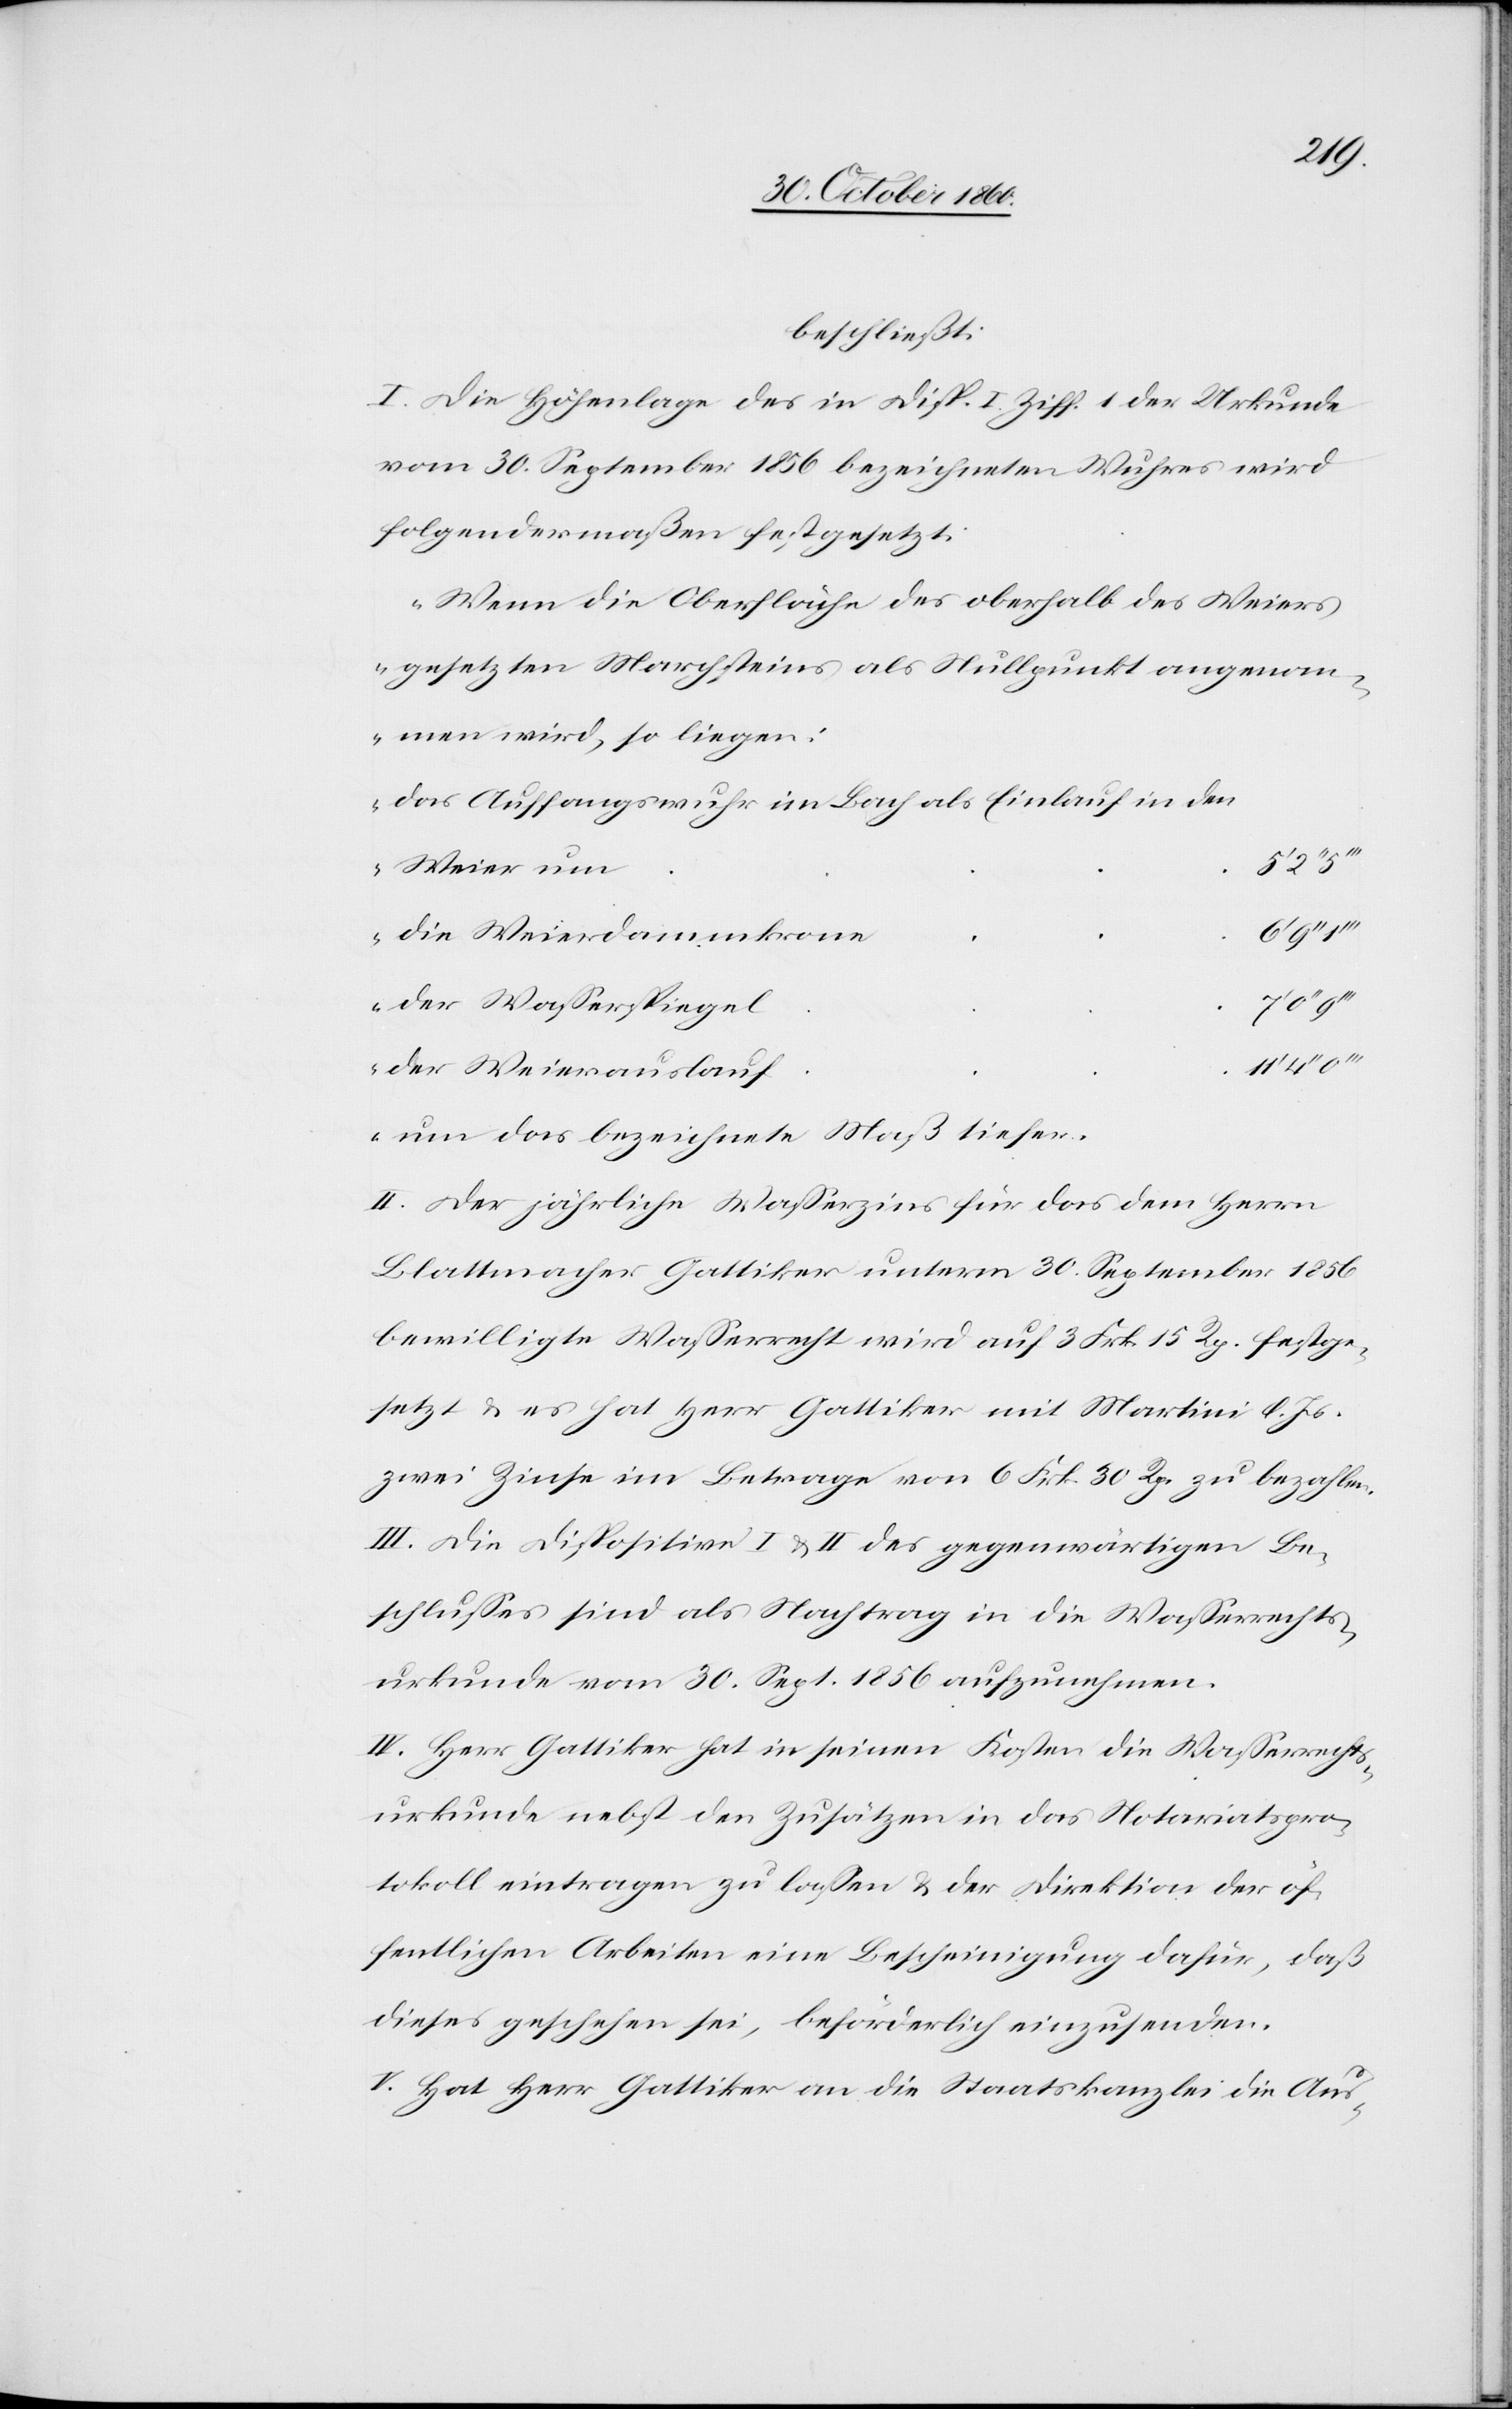
beschließt:
I. Die Höhenlage des in Disp. I Ziff. 1 der Urkunde
vom 30. September 1856 bezeichneten Wuhres wird
folgendermaßen festgesetzt:
„Wenn die Oberfläche des oberhalb des Weiers
gesetzten Machsteines als Nullpunkt angenom¬
men wird, so liegen:
das Auffangswuhr im Bach als Einlauf in den
r.[“]
die Weierdammkron¬
der Wasserspiege¬
der Weierauslau¬
um das bezeichnete Maß tiefe¬
II. Der jährliche Wasserzins für das dem Herrn
Blattmacher Gattiker unterm 30. September 1856
bewilligte Wasserrecht wird auf 3 Frk. 15 Rp. festge¬
setzt u. es hat Herr Gattiker mit Martini l. Js.
zwei Zinse im Betrage von 6 Frk. 30 Rp. zu bezahlen.
III. Die Dispositive I u. II des gegenwärtigen Be¬
schlusses sind als Nachtrag in die Wasserrechts¬
urkunde vom 30. Sept. 1856 aufzunehmen.
IV. Herr Gattiker hat in seinen Kosten die Wasserrechts¬
urkunde nebst den Zusätzen in das Notariatspro¬
tokoll eintragen zu lassen u. der Direktion der öf¬
fentlichen Arbeiten eine Bescheinigung dafür, daß
dieses geschehen sei, beförderlich einzusenden.
V. Hat Herr Gattiker an die Staatskanzlei die Aus-